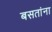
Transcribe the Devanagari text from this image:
बसतांना